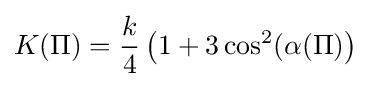
K(\Pi )={\frac {k}{4}}\left(1+3\cos ^{2}(\alpha (\Pi )\right)